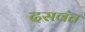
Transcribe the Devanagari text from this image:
दसवंत